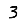
Digit: 3